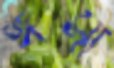
ঈসা